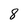
Character: 8